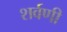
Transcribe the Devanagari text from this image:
शर्वणी